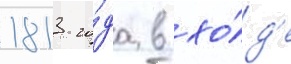
1813 го́да в хо́д'е